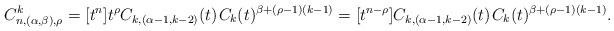
\begin{align*}C^k_{n,(\alpha,\beta),\rho} = [t^n] t^\rho C_{k,(\alpha-1,k-2)}(t) \kern+1pt C_k(t)^{\beta + (\rho-1)(k-1)} = [t^{n-\rho}]C_{k,(\alpha-1,k-2)}(t) \kern+1pt C_k(t)^{\beta+(\rho-1)(k-1)}.\end{align*}